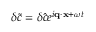
\delta \tilde { c } = \delta \hat { c } e ^ { i \mathbf { q } \cdot \mathbf { x } + \omega t }